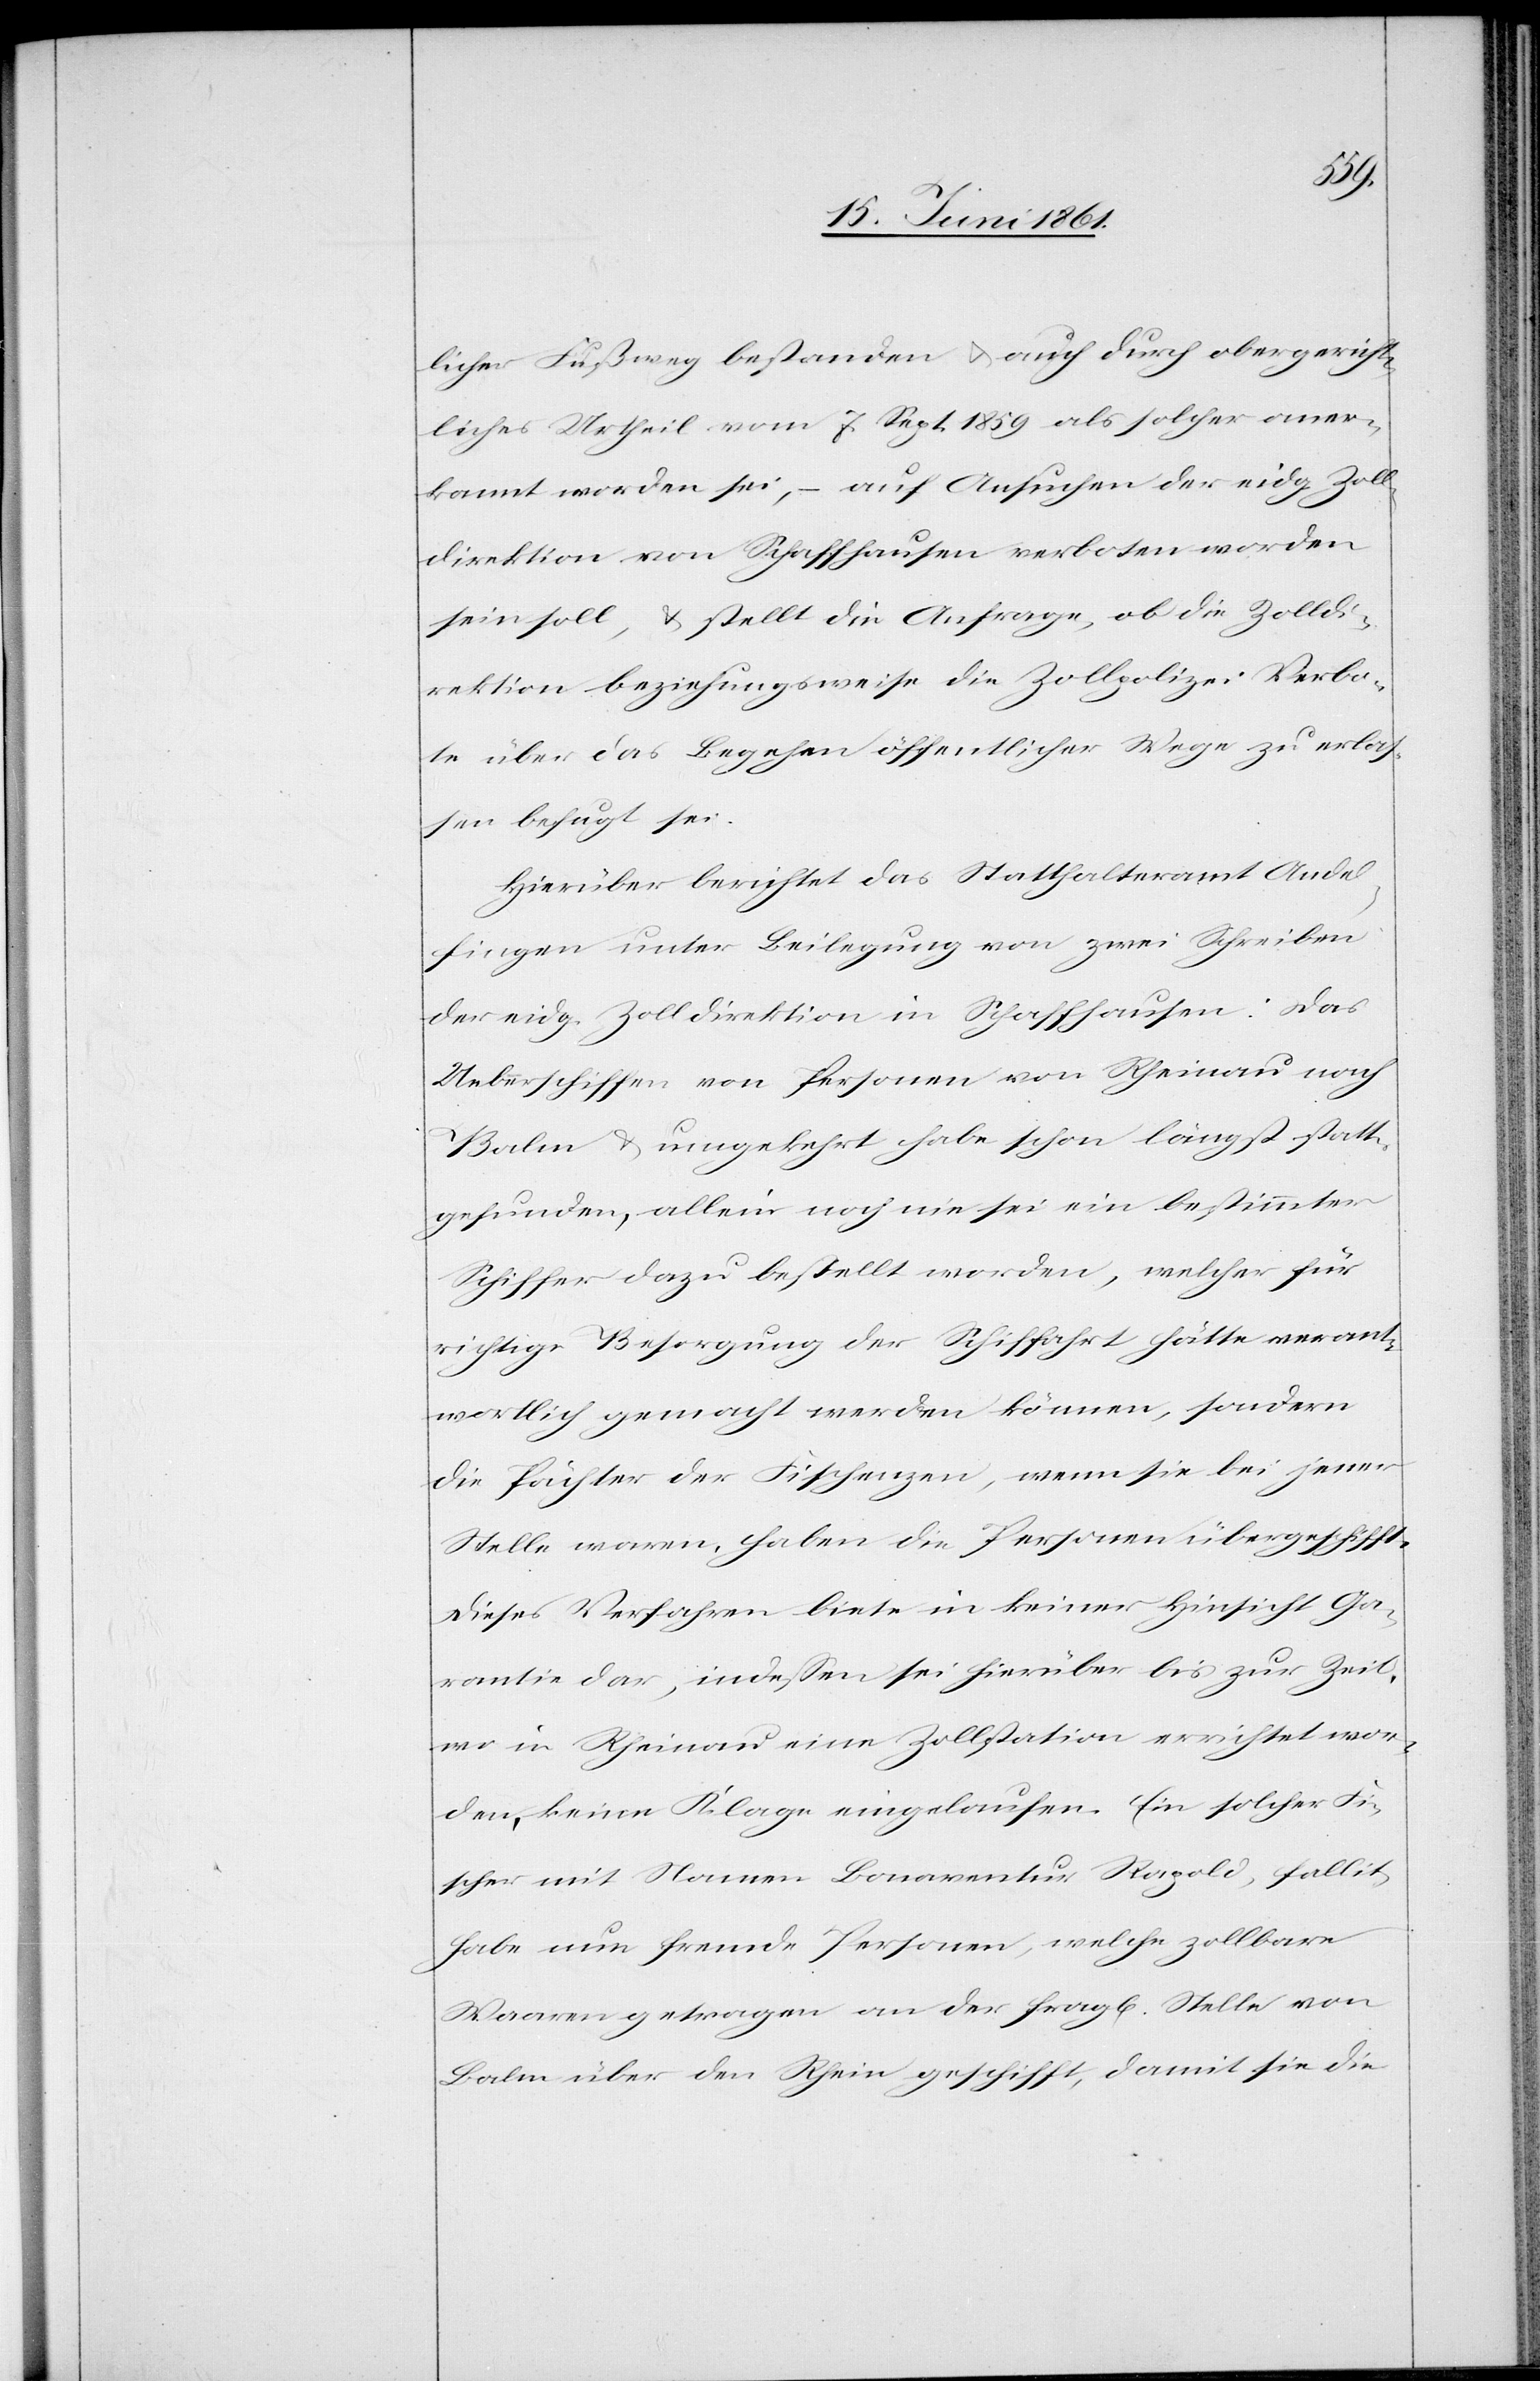
licher Fußweg bestanden u. auch durch obergericht¬
liches Urtheil vom 7. Sept. 1859 als solcher aner¬
kannt worden sei, – auf Ansuchen der eidg. Zoll¬
direktion von Schaffhausen verboten worden
sein soll, u. stellt die Anfrage, ob die Zolldi¬
rektion beziehungsweise die Zollpolizei Verbo¬
te über das Begehen öffentlicher Wege zu erlas¬
sen befugt sei.
Hierüber berichtet das Statthalteramt Andel¬
fingen unter Beilegung von zwei Schreiben
der eidg. Zolldirektion in Schaffhausen: das
Ueberschiffen von Personen von Rheinau nach
Balm u. umgekehrt habe schon längst statt¬
gefunden, allein noch nie sei ein bestimmter
Schiffer dazu bestellt worden, welcher für
richtige Besorgung der Schiffahrt hätte verant¬
wortlich gemacht werden können, sondern
die Pächter der Fischenzen, wenn sie bei jener
Stelle waren, haben die Personen übergeschifft.
Dieses Verfahren biete in keiner Hinsicht Ga¬
rantie dar, indessen sei hierüber bis zur Zeit,
wo in Rheinau eine Zollstation errichtet wor¬
den, keine Klage eingelaufen. Ein solcher Fi¬
scher mit Namen Bonaventur Rapold, fallit
habe nun fremde Personen, welche zollbare
Waaren getragen an der frag[lichen] Stelle von
Balm über den Rhein geschifft, damit sie die